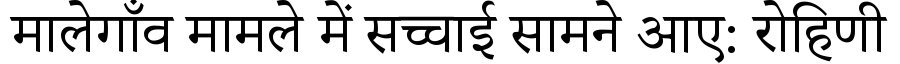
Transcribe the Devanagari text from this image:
मालेगाँव मामले में सच्चाई सामने आए: रोहिणी